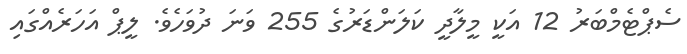
ސެޕްޓެމްބަރު 12 އަކީ މީލާދީ ކަލަންޑަރުގެ 255 ވަނަ ދުވަހެވެ. ލީޕް އަހަރެއްގައި